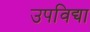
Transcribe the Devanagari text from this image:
उपविद्या